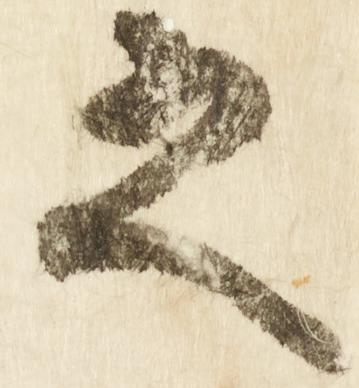
之